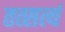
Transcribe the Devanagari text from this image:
तत्सत्यं